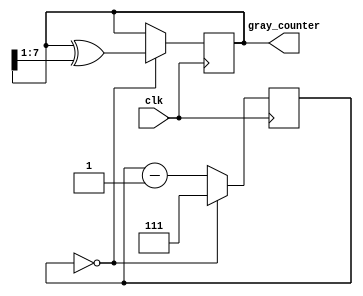
module Gray_counter_clock_divider(
    input wire clk,
    output reg [7:0] gray_counter
);

reg [2:0] divider;
reg [7:0] gray_reg;

always @(posedge clk) begin
    if (divider == 0) begin
        gray_reg <= gray_reg ^ (gray_reg >> 1);
        divider <= 7;
    end else begin
        divider <= divider - 1;
    end
end

assign gray_counter = gray_reg;

endmodule